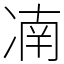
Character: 㓓